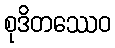
စုဒိတဿေဝ